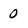
Character: 0